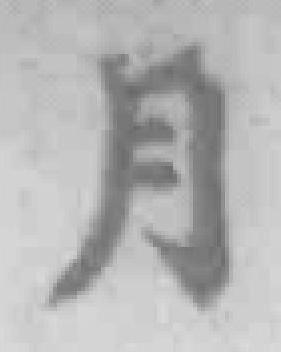
月